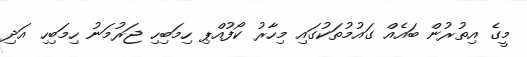
މީގެ އިތުރުން ބައެއް ގައުމުތަކުގައި މިހާރު ކޯފުއްޕި ހިމަބިހި ޖަރުމަނު ހިމަބިހި އަދި